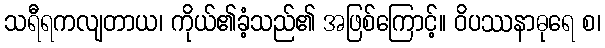
သရီရကလျတာယ၊ ကိုယ်၏ခံ့သည်၏ အဖြစ်ကြောင့်။ ဝိပဿနာဓုရေ စ၊